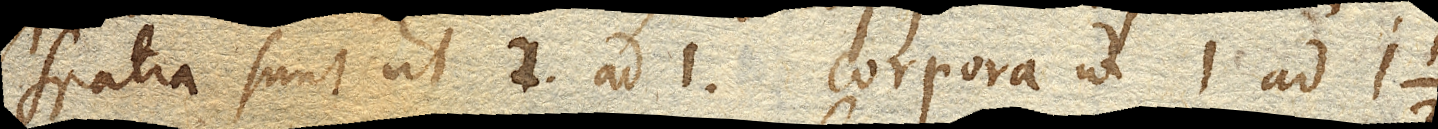
Spatia sunt ut 2. ad 1. corpora ut 1 ad 1 ½